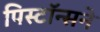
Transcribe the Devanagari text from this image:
पिस्टॉन्सने